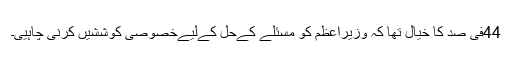
44فی صد کا خیال تھا کہ وزیراعظم کو مسئلے کےحل کےلیےخصوصی کوششیں کرنی چاہیی۔